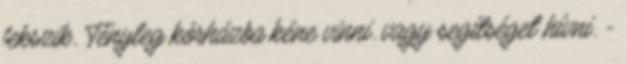
fekszik. Tényleg kórházba kéne vinni. vagy segítséget hívni. -